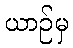
ယာဉ်မှ